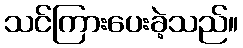
သင်ကြားပေးခဲ့သည်။